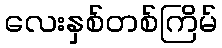
လေးနှစ်တစ်ကြိမ်